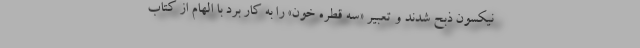
نیکسون ذبح شدند و تعبیر «سه قطره خون» را به کار برد با الهام از کتاب